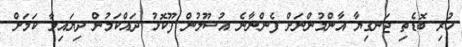
ހުރި ބޮޑެތި ޖަނގިޔާ އާންމުންނަށް ފެންނާނެ އުސޫލުން ފޫކޮޅު ދައްކަމުން ދިޔައިމާ ކަމަށް